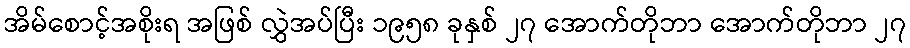
အိမ်စောင့်အစိုးရ အဖြစ် လွှဲအပ်ပြီး ၁၉၅၈ ခုနှစ် ၂၇ အောက်တိုဘာ အောက်တိုဘာ ၂၇